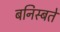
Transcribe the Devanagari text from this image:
बनिस्बते